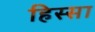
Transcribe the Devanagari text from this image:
हिस्सा